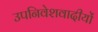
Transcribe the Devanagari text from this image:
उपनिवेशवादीयों